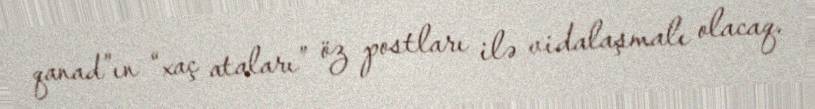
qanad”ın “xaç ataları” öz postları ilə vidalaşmalı olacaq.